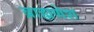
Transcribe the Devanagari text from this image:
ब्राह्मणेश